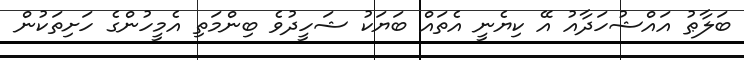
ބަލާޠު އައްޝުހަދާއު އޭ ކިޔެނީ އެތައް ބަޔަކު ޝަހީދުވެ ބިންމަތި އެމީހުންގެ ހަށިތަކުން